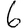
Digit: 6